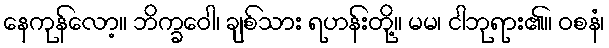
နေကုန်လော့။ ဘိက္ခဝေါ၊ ချစ်သား ရဟန်းတို့။ မမ၊ ငါဘုရား၏။ ဝစနံ၊